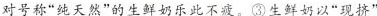
对号称”纯天然”的生鲜奶乐此不疲。③生鲜奶以”现挤”